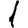
Digit: 1